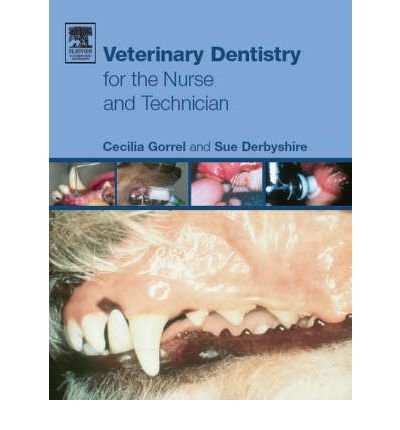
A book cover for [ [ [ Veterinary Dentistry for the Nurse and Technician [ VETERINARY DENTISTRY FOR THE NURSE AND TECHNICIAN ] By Gorrel, Cecilia ( Author )Mar-01-2005 Paperback; Cecilia Gorrel; Medical Books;